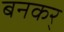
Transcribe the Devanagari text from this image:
बनकर्